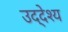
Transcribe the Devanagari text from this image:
उद्‌देश्‍य